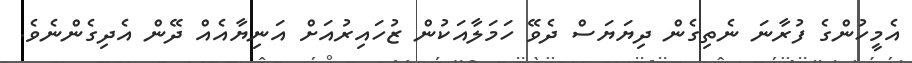
އެމީހުންގެ ފުރާނަ ނެތިގެން ދިޔަޔަސް ދެވޭ ހަމަލާއަކުން ޒުހައިރުއަށް އަނިޔާއެއް ދޭން އެދިގެންނެވެ.